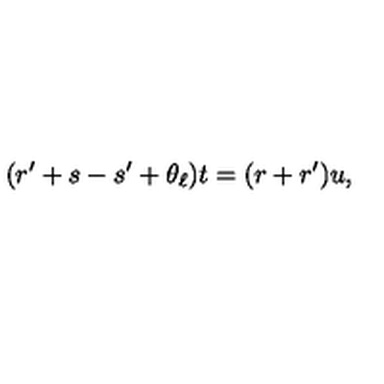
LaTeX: ( r ^ { \prime } + s - s ^ { \prime } + \theta _ { \ell } ) t = ( r + r ^ { \prime } ) u ,